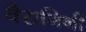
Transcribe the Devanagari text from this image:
वैरागिनी